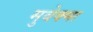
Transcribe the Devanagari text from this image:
मुवेक्मा